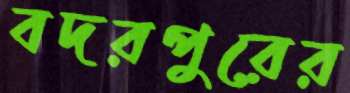
বদরপুরের